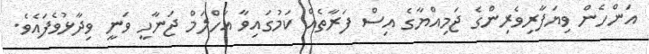
އަންހެން ވިޔަފާރިވެރިންގެ ޖަމިއްޔާގެ އިސް ފަރާތެއް ކަމުގައިވާ އަހްލަމް ޖަނާހީ ވަނީ ވިދާޅުވެފައެވެ.